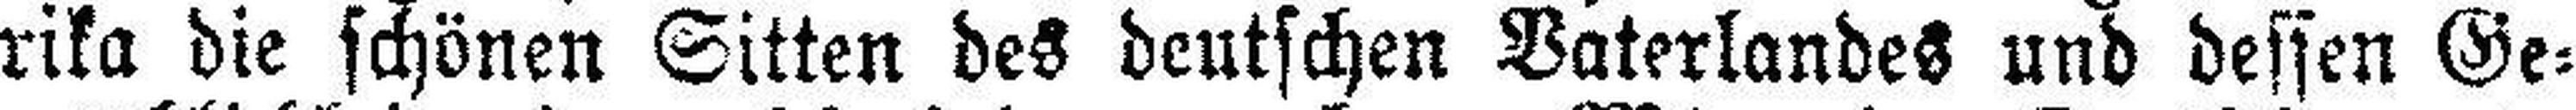
rika die schönen Sitten des deutschen Vaterlandes und dessen Ge¬